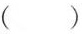
（）